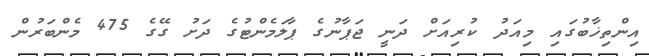
އިންތިޚާބުގައި މިއަދު ކުރިއަށް ދަނީ ޖަޕާނުގެ ޕާލަމެންޓުގެ ދަށު ގޭގެ 475 މެންބަރުން